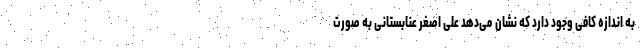
به اندازه کافی وجود دارد که نشان می‌دهد علی اصغر عنابستانی به صورت